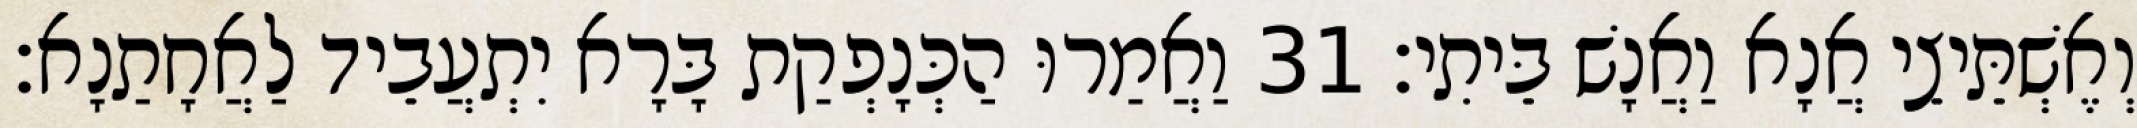
וְאֶשְׁתֵּיצֵי אֲנָא וַאֲנָשׁ בֵּיתִי׃ 31 וַאֲמַרוּ הַכְּנָפְקַת בָּרָא יִתְעֲבֵיד לַאֲחָתַנָא׃